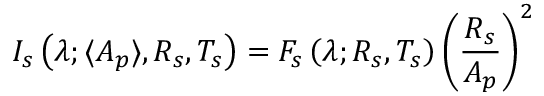
I _ { s } \left( \lambda ; \langle A _ { p } \rangle , R _ { s } , T _ { s } \right) = F _ { s } \left( \lambda ; R _ { s } , T _ { s } \right) \left( \frac { R _ { s } } { A _ { p } } \right) ^ { 2 }